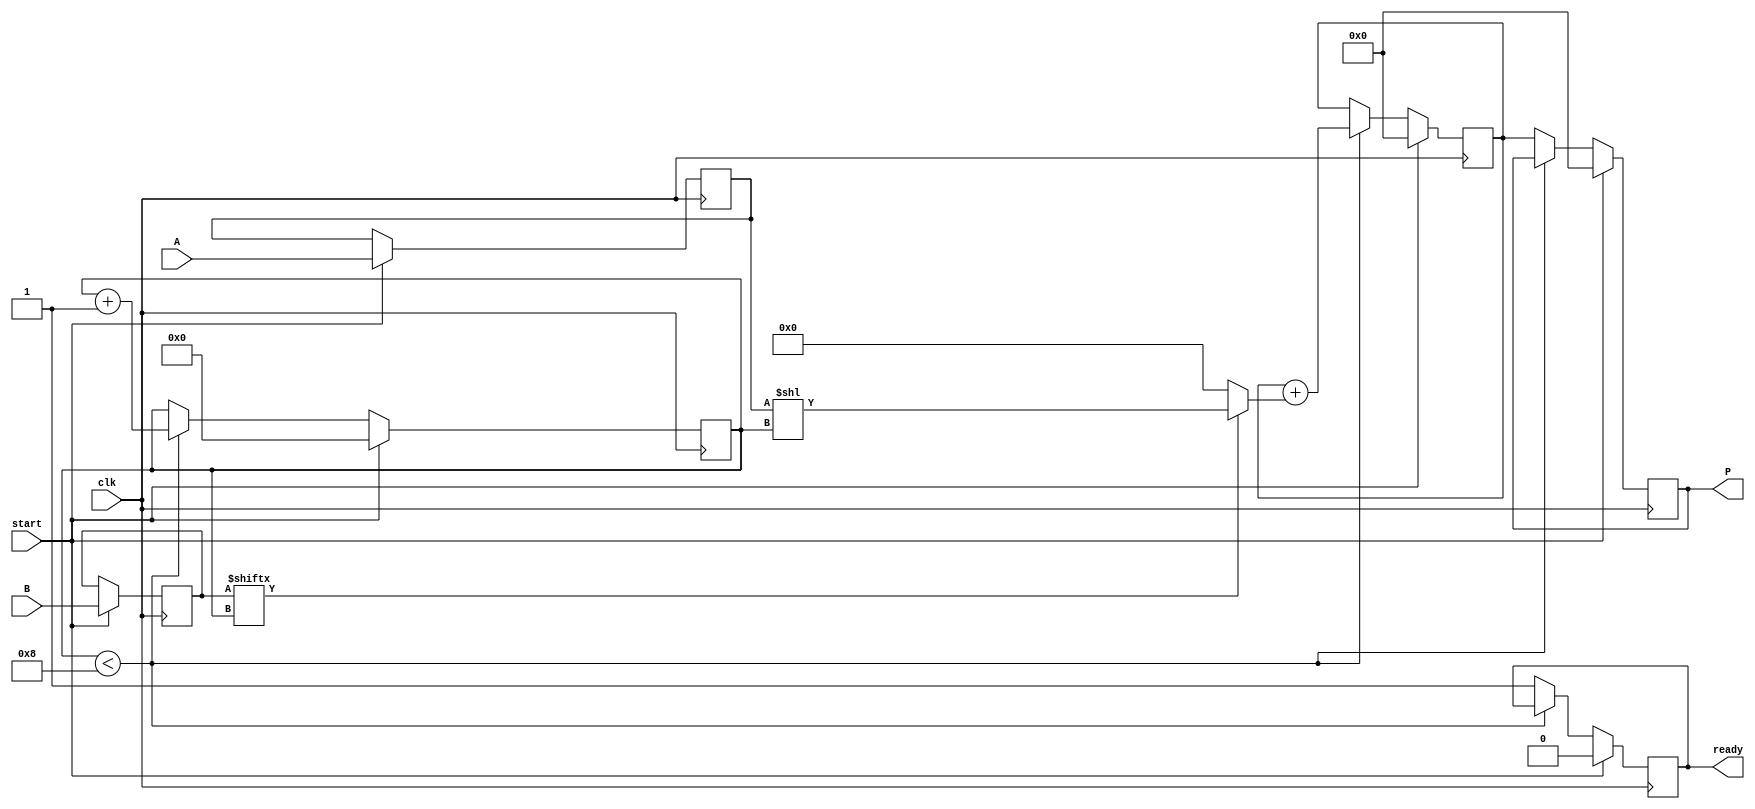
module radix2_multiplier #(
    parameter N = 8 // Bit-width of the inputs A and B
)(
    input  wire [N-1:0] A,     // First multiplicand
    input  wire [N-1:0] B,     // Second multiplicand (multiplier)
    input  wire clk,            // Clock signal
    input  wire start,          // Control signal to start multiplication
    output reg [2*N-1:0] P,     // Product output
    output reg ready            // Signal to indicate multiplication completion
);

    reg [N-1:0] A_reg;          // Register to hold A
    reg [N-1:0] B_reg;          // Register to hold B
    reg [2*N-1:0] sum;          // Accumulator for the product
    reg [N-1:0] partial;        // Partial product
    reg [3:0] count;            // Loop counter

    always @(posedge clk) begin
        if (start) begin
            // Initialize values
            P <= 0;
            sum <= 0;
            A_reg <= A;
            B_reg <= B;
            count <= 0;
            ready <= 0;
        end else if (count < N) begin
            // Generate partial product based on current bit of B
            partial = (B_reg[count]) ? (A_reg << count) : 0;

            // Accumulate the partial sum
            sum = sum + partial;

            // Increment the count
            count <= count + 1;
        end else begin
            // Store final product and indicate completion
            P <= sum;
            ready <= 1; // Indicate that multiplication is complete
        end
    end

endmodule